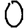
Digit: 0